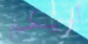
أريكم